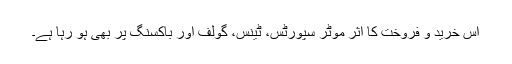
اس خرید و فروخت کا اثر موٹر سپورٹس، ٹینس، گولف اور باکسنگ پر بھی ہو رہا ہے۔